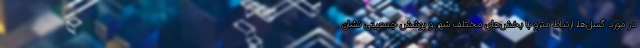
در مورد گسل‌ها، ارتباط مترو با بخش‌های مختلف شهر و پوشش جمعیتی نشان